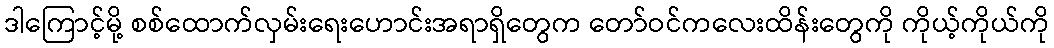
ဒါကြောင့်မို့ စစ်ထောက်လှမ်းရေးဟောင်းအရာရှိတွေက တော်ဝင်ကလေးထိန်းတွေကို ကိုယ့်ကိုယ်ကို